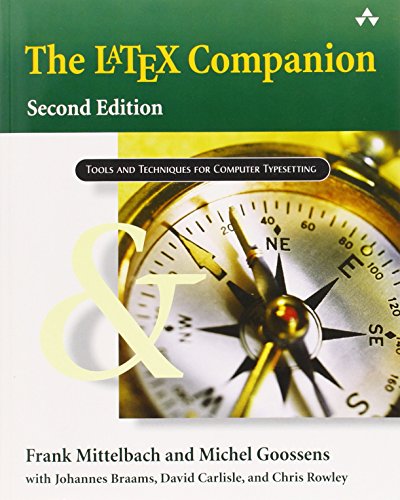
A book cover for The LaTeX Companions Third Revised Boxed Set: A Complete Guide and Reference for Preparing,  Illustrating and Publishing Technical Documents (2nd Edition); Frank Mittelbach; Computers & Technology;